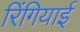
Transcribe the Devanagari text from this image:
रिंगियाई